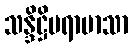
သန္ဒိဋ္ဌိပရာမာသာ